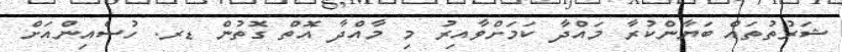
ޝަރުތުތައް ބަޔާންކުރާ މައްދާ ކަމަށްވާއިރު މި މާއްދާ އޮތް ގޮތުން ޑރ. ހުސެއިންއަށް